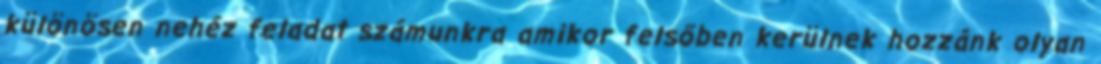
különösen nehéz feladat számunkra amikor felsőben kerülnek hozzánk olyan